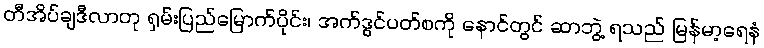
တီအိပ်ချဒီလာတု ရှမ်းပြည်မြောက်ပိုင်း၊ အက်ဒွင်ပတ်စကို နောင်တွင် ဆာဘွဲ့ ရသည် မြန်မာ့ရေနံ